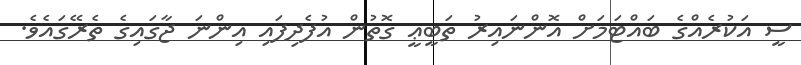
ސީ އަކުރެއްގެ ބައްޓަމަށް އޮންނައިރު ތަބީޢީ ގޮތުން އުފެދިފައި އިންނަ ޖާގައިގެ ތެރޭގައެވެ.